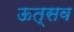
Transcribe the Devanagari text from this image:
ऊत्सव